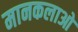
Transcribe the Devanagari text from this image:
मानकलाओ